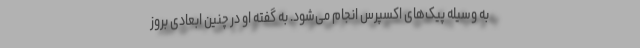
به وسیله پیک‌های اکسپرس انجام می‌‌شود. به گفته او در چنین ابعادی بروز